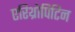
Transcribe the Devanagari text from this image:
एरिथ्रोपिटिन